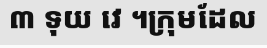
៣ ទុយ វេ ។ក្រុមដែល